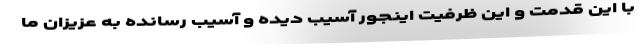
با این قدمت و این ظرفیت اینجور آسیب دیده و آسیب رسانده به عزیزان ما